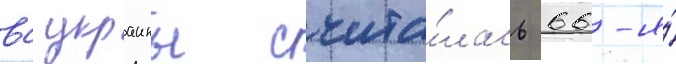
вс украины счита́лась 66-я́